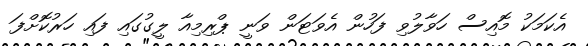
އެކަމަކު މޮއިސް ހަވާލުވި ފަހުން އެވަޓަން ވަނީ ޕްރިމިއާ ލީގުގައި ފައި ހަރުކޮށްފަ